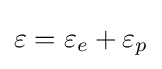
\varepsilon =\varepsilon _{e}+\varepsilon _{p}